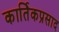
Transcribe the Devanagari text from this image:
कार्तिकप्रसाद